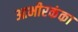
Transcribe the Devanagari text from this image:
आभीरकंका